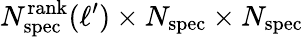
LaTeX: N_{\mathrm{spec}}^{\mathrm{rank}}(\ell^{\prime})\times N_{\mathrm{spec}}\times N_{\mathrm{spec}}